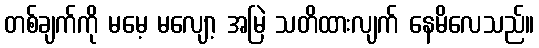
တစ်ချက်ကို မမေ့ မလျော့ အမြဲ သတိထားလျက် နေမိလေသည်။